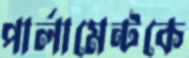
পার্লামেন্টকে